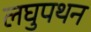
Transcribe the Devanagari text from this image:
लघुपथन